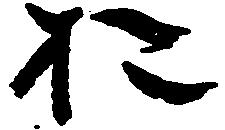
お